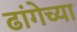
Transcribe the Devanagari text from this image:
ढांगेच्या